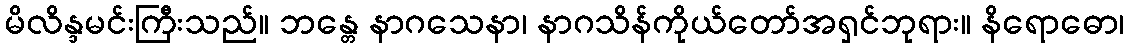
မိလိန္ဒမင်းကြီးသည်။ ဘန္တေ နာဂသေနာ၊ နာဂသိန်ကိုယ်တော်အရှင်ဘုရား။ နိရောဓော၊